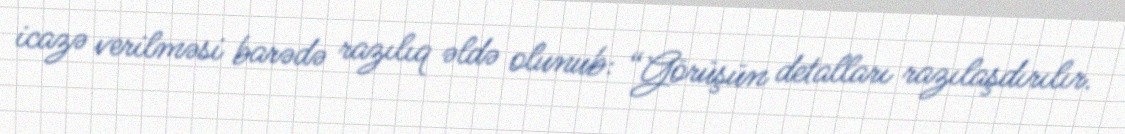
icazə verilməsi barədə razılıq əldə olunub: “Görüşün detalları razılaşdırılır.